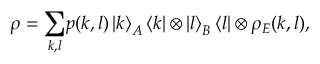
\rho = { \displaystyle \sum _ { k , l } } p ( k , l ) \left\vert k \right\rangle _ { A } \left\langle k \right\vert \otimes \left\vert l \right\rangle _ { B } \left\langle l \right\vert \otimes \rho _ { E } ( k , l ) ,